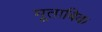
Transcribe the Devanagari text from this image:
मूताबिक